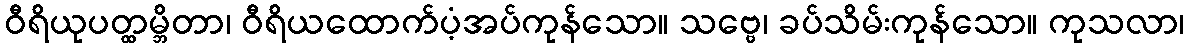
ဝီရိယုပတ္ထမ္ဘိတာ၊ ဝီရိယထောက်ပံ့အပ်ကုန်သော။ သဗ္ဗေ၊ ခပ်သိမ်းကုန်သော။ ကုသလာ၊